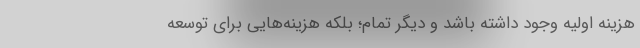
هزینه اولیه وجود داشته باشد و دیگر تمام؛ بلکه هزینه‌هایی برای توسعه